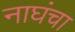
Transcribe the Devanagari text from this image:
नाघंचा